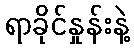
ရာခိုင်နှုန်းနဲ့